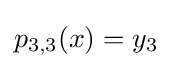
p_{3,3}(x)=y_{3}